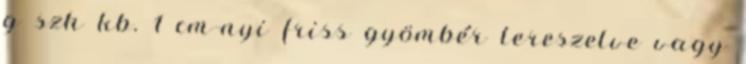
g szh kb. 1 cm-nyi friss gyömbér lereszelve vagy